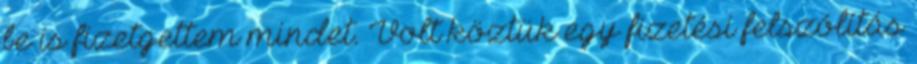
be is fizetgettem mindet. Volt köztük egy fizetési felszólítás